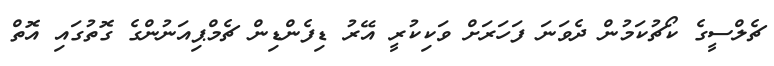
ޗެލްސީގެ ކޯޗުކަމުން ދެވަނަ ފަހަރަށް ވަކިކުރީ އޭރު ޑިފެންޑިން ޗެމްޕިއަނުންގެ ގޮތުގައި އޮތް